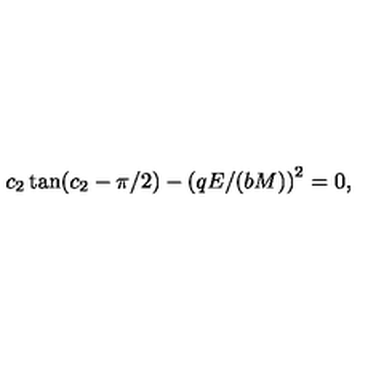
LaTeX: c _ { 2 } \tan ( c _ { 2 } - \pi / 2 ) - \left( q E / ( b M ) \right) ^ { 2 } = 0 ,